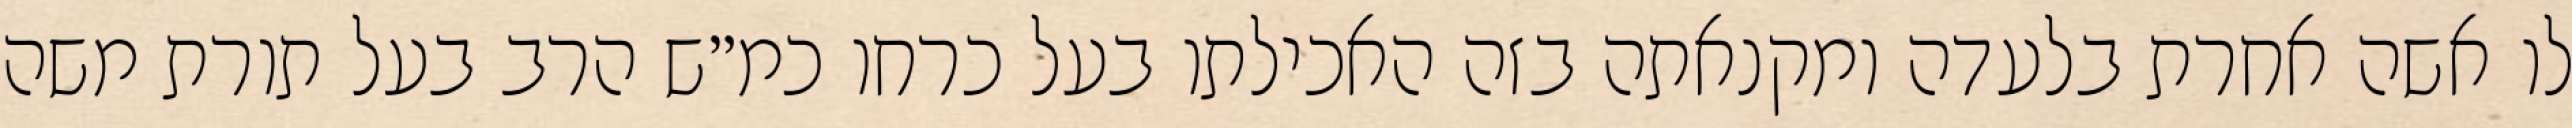
לו אשה אחרת בלעדה ומקנאתה בזה האכילתו בעל כרחו כמ״ש הרב בעל תורת משה